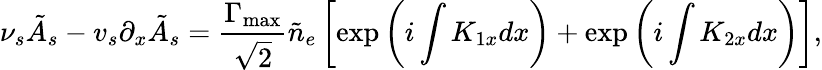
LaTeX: \nu_{s}\tilde{A}_{s}-v_{s}\partial_{x}\tilde{A}_{s}=\frac{\Gamma_{\mathrm{max}}}{\sqrt{2}}\tilde{n}_{e}\left[\exp\left(i\int K_{1x}dx\right)+\exp\left(i\int K_{2x}dx\right)\right],